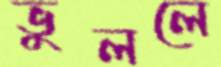
ভুললে